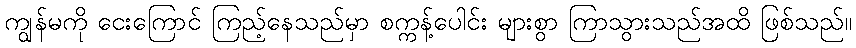
ကျွန်မကို ငေးကြောင် ကြည့်နေသည်မှာ စက္ကန့်ပေါင်း များစွာ ကြာသွားသည်အထိ ဖြစ်သည်။